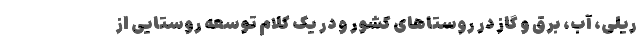
ریلی، آب، برق و گاز در روستاهای کشور و در یک کلام توسعه روستایی از